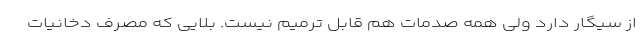
از سیگار دارد ولی همه صدمات هم قابل ترمیم نیست. بلایی که مصرف دخانیات